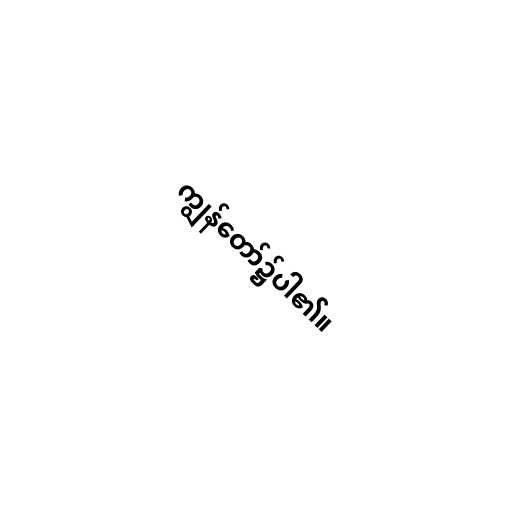
ကျွန်တော်၌ပါ၏။